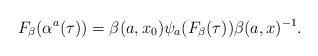
LaTeX: \begin{align*} F_\beta(\alpha^a(\tau))=\beta(a,x_0) \psi_a(F_\beta(\tau))\beta(a,x)^{-1}.\end{align*}